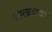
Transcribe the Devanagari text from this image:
प्रह्लादावर